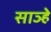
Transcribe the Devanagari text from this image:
साञ्हे